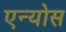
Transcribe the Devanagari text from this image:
एन्योस